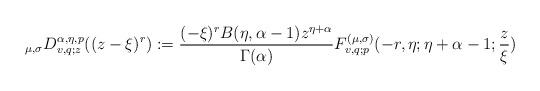
LaTeX: \begin{align*}_{\mu ,\sigma }D_{v,q;z}^{\alpha ,\eta ,p}((z-\xi )^{r}):=\frac{(-\xi)^{r}B(\eta ,\alpha -1)z^{\eta +\alpha }}{\Gamma (\alpha )}F_{v,q;p}^{(\mu,\sigma )}(-r,\eta ;\eta +\alpha -1;\frac{z}{\xi }) \end{align*}